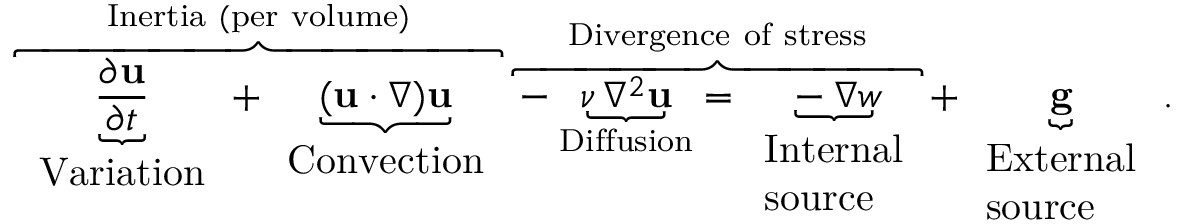
\overbrace { \underbrace { \frac { \partial \mathbf { u } } { \partial t } } _ { \begin{array} { l } { { \mathrm { V a r i a t i o n } } } \end{array} } + \underbrace { ( \mathbf { u } \cdot \nabla ) \mathbf { u } } _ { \begin{array} { l } { { \mathrm { C o n v e c t i o n } } } \end{array} } } ^ { \mathrm { I n e r t i a ~ ( p e r ~ v o l u m e ) } } \overbrace { - \underbrace { \nu \, \nabla ^ { 2 } \mathbf { u } } _ { \mathrm { D i f f u s i o n } } = \underbrace { - \nabla w } _ { \begin{array} { l } { { \mathrm { I n t e r n a l } } } \\ { { \mathrm { s o u r c e } } } \end{array} } } ^ { \mathrm { D i v e r g e n c e ~ o f ~ s t r e s s } } + \underbrace { \mathbf { g } } _ { \begin{array} { l } { { \mathrm { E x t e r n a l } } } \\ { { \mathrm { s o u r c e } } } \end{array} } .